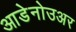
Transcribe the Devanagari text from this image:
आडेनोउअर